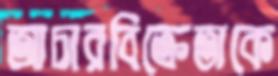
আচারবিক্রেতাকে